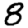
Digit: 8